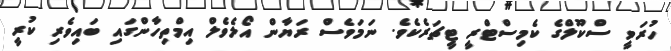
ހުރަވީ ސްކޫލްގެ ކެމިސްޓްރީ ޓީޗަރެކެވެ. ނަމަވެސް ރަޔާން އޯލެވެލް އިމްތިހާންގައި ބައިވެރި ކުރީ